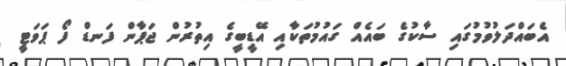
އެބައްދަލުވުމުގައި ސާކުގެ ބައެއް ގައުމުތަކާއި އޭޑީބީގެ އިތުރުން ޖަޕާން ފަނޑް ފޯ ޕަވަޓީ